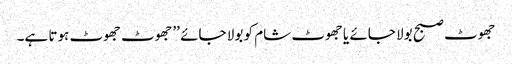
جھوٹ صبح بولا جائے یا جھوٹ شام کو بولا جائے ’’جھوٹ جھوٹ ہوتا ہے۔